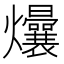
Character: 𬋟